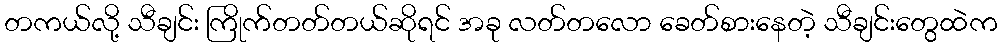
တကယ်လို့ သီချင်း ကြိုက်တတ်တယ်ဆိုရင် အခု လတ်တလော ခေတ်စားနေတဲ့ သီချင်းတွေထဲက